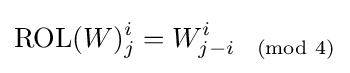
{\text{ROL}}(W)_{j}^{i}=W_{j-i{\pmod {4}}}^{i}